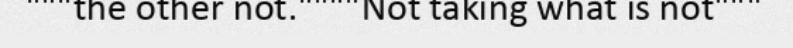
"""the other not.""""Not taking what is not"""